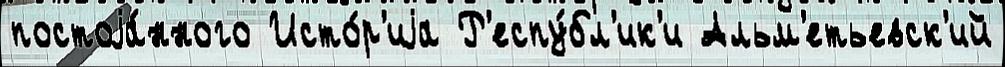
постоjа́нного Исто́р'иjа Р'еспу́бл'ик'и Альм'етьевск'ий